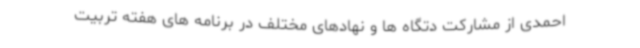
احمدی از مشارکت دتگاه ها و نهادهای مختلف در برنامه های هفته تربیت